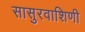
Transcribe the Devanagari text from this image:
सासुरवाशिणी